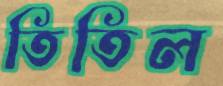
তিতিল